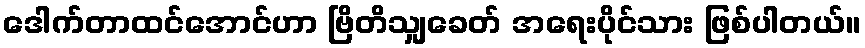
ဒေါက်တာထင်အောင်ဟာ ဗြိတိသျှခေတ် အရေးပိုင်သား ဖြစ်ပါတယ်။